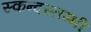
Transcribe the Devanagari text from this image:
स्कन्दस्तम्भी